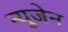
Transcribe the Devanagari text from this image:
न्यूजेन